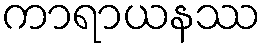
ကာရာယနဿ